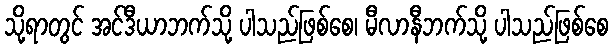
သို့ရာတွင် အင်ဒီယာဘက်သို့ ပါသည်ဖြစ်စေ၊ မီလာနီဘက်သို့ ပါသည်ဖြစ်စေ